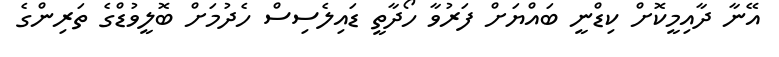
އޭނާ ދާއިމީކޮށް ކިޑްނީ ބައްޔަށް ފަރުވާ ހޯދާތީ ޑައިލެސިސް ހެދުމަށް ބޮލީވުޑްގެ ތަރިންގެ